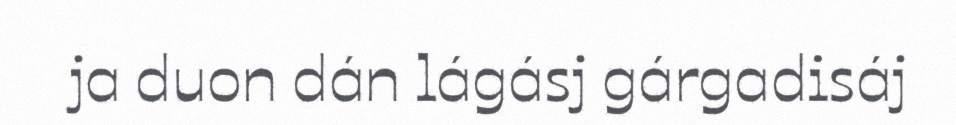
ja duon dán lágásj gárgadisáj